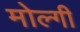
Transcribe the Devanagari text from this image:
मोल्गी